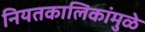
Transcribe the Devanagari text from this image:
नियतकालिकांमुळे